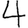
Digit: 4